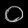
Digit: ၀